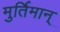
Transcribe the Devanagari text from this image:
मुर्तिमान्